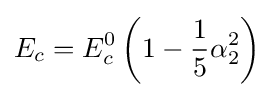
E_{c}=E_{c}^{0}\left(1-{\frac {1}{5}}\alpha _{2}^{2}\right)